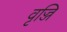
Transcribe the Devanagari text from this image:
वृज्जि